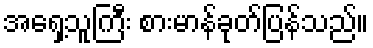
အရှေ့သူကြီး စားမာန်ခုတ်ပြန်သည်။